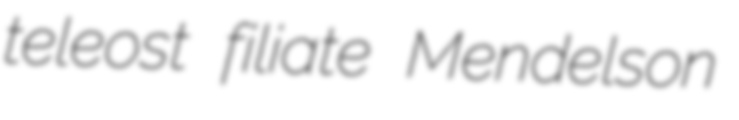
teleost filiate Mendelson